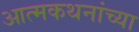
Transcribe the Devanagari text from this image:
आत्मकथनांच्या